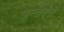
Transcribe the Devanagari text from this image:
अन्तर्गंत